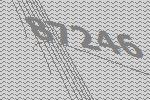
87246